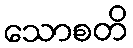
သောစတိ